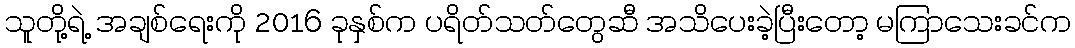
သူတို့ရဲ့ အချစ်ရေးကို 2016 ခုနှစ်က ပရိတ်သတ်တွေဆီ အသိပေးခဲ့ပြီးတော့ မကြာသေးခင်က